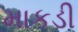
માકડી